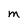
Character: M